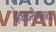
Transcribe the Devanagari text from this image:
देवकरीणमाता